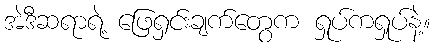
အဲဒီဆရာရဲ့ ဖြေရှင်းချက်တွေက ရှုပ်ကရှုပ်နဲ့။